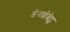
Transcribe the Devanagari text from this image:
डेनब्रोब्रेट्स